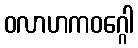
ဝလာဟကဝဂ္ဂေါ